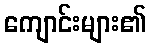
ကျောင်းများ၏